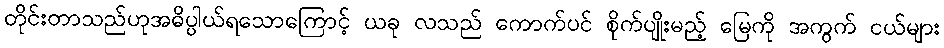
တိုင်းတာသည်ဟုအဓိပ္ပါယ်ရသောကြောင့် ယခု လသည် ကောက်ပင် စိုက်ပျိုးမည့် မြေကို အကွက် ငယ်များ